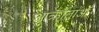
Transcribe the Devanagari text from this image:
आक्रांताओँ